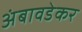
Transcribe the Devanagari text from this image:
अंबावडेकर